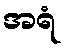
အရံ